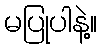
မပြုပါနဲ့။